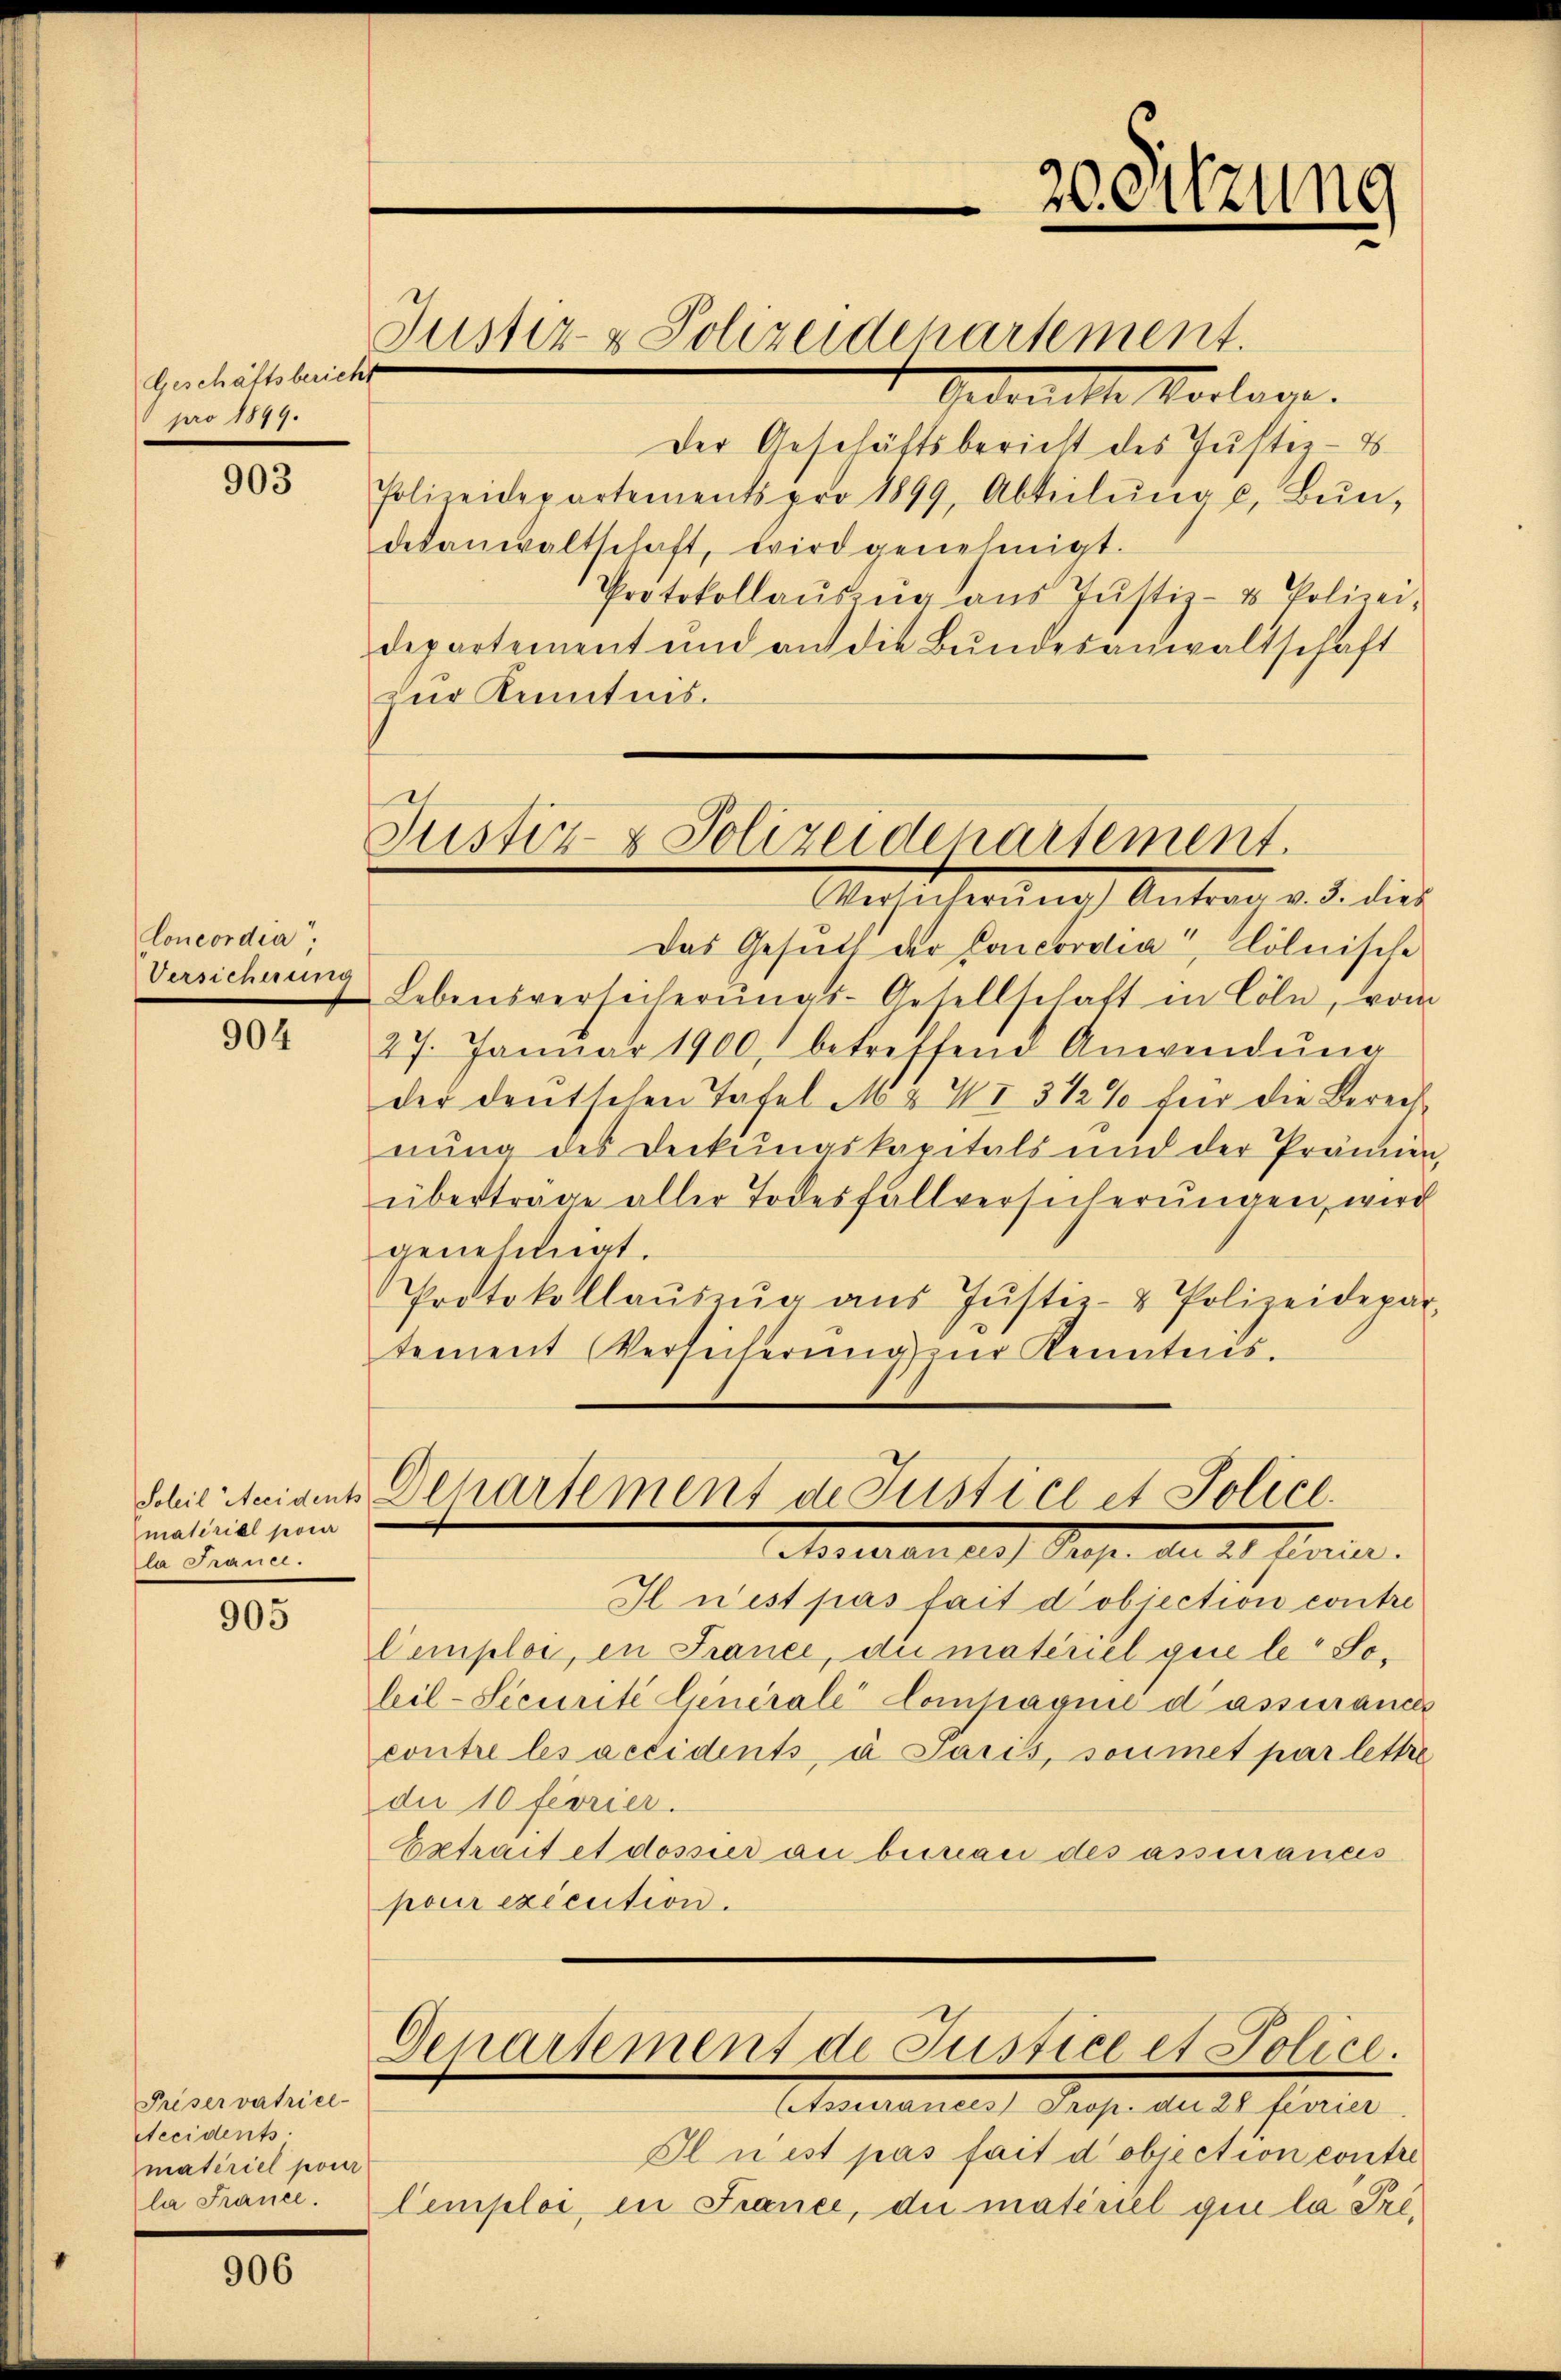
Geschäftsbericht
pro 1899.

903

Concordia“
Versicherung

904

Soleil Accidents
material pour
la France.

905

Priservatrice-
Necidents
materiel pour
la France.

906

Gedoute Vorlage.
Der Geschäftsbericht des Justiz-
Polizeidepartements pro 1899, Abteilŭng u. Bŭn-
desanwaltschaft, wird genehmigt.
Protokollausung ans Justiz- & Polizei-
departement und an die Bundesanwaltschaft
zur Anntnis.

Justiz- & Polizeidepartement.

Justiz- & Polizeiderartement.
Versicherŭng Antrag v. 3. dies

2eitzung

Departement in Justice et Police
Morellen der Sache die 21 stein.

Gepartement de Justice et Police.
AAssurances Prop. die 28 février

Das Gesuch der Concordia“, Cölnische
Lebensversicherŭngs-G sellschaft in Cöln, vom
27. Januar 1900, betreffend Anwendŭng
der deutschen Tafel MZ II 312% für die Bereisnŭng des Deckungskapitals und der Prämien,
überträge aller Todesfallversicherŭngen, wird
genehmigt.
Protokollaŭszŭg aŭs Jŭstiz- & Polizeidepar-
tement Versicherung in Kenntnis.

I n’est pas fait d’objection contre
lemploi, in France, die materiel gue le Soleil-Securite Generale Compagnie d’assuranc
contre les accidents, à Paris, soumet par lettre
die 10 feorier.
Extrait et desser an beinau des assiances
pour exécution.

Il nest pas fait d’objection contre
Cemploi, in France, die materiel giu la Pré¬